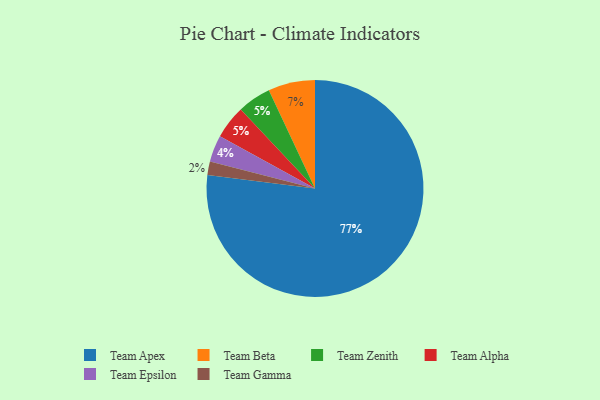
{"axis": {"x": "Category", "y": "Percentage"}, "legend": ["Team Alpha", "Team Apex", "Team Beta", "Team Epsilon", "Team Gamma", "Team Zenith"], "data": [{"x": "Team Apex", "y": 77, "type": "Team Apex"}, {"x": "Team Epsilon", "y": 4, "type": "Team Epsilon"}, {"x": "Team Beta", "y": 7, "type": "Team Beta"}, {"x": "Team Zenith", "y": 5, "type": "Team Zenith"}, {"x": "Team Alpha", "y": 5, "type": "Team Alpha"}, {"x": "Team Gamma", "y": 2, "type": "Team Gamma"}]}